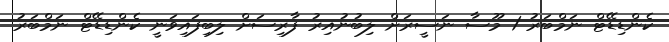
ކެންޑިޑޭޓް ނަމްބަރު 1 މޫސާ ނަސީރަށް ލިބުނުއިރު ފާރިސަށް ލިބިފައިވަނީ ކެންޑިޑޭޓް ނަމްބަރު